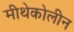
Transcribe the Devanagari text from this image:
मीथेकोलीन